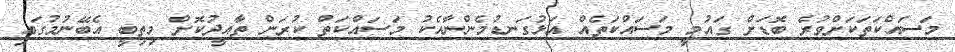
މަސައްކަތަކަށްވުރެ ބޮޑަށް ގައުމީ މަސައްކަތެއް އަޅުގަނޑުމެންނާއެކު މަސައްކަތް ކުރަން ތާއީދުކޮށް މިތިބީ އެބޭނުމުގައި